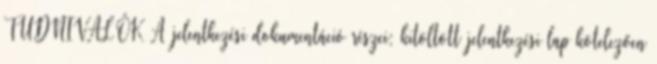
TUDNIVALÓK A jelentkezési dokumentáció részei: kitöltött jelentkezési lap kötelezően